Annual vaccination report of Bihar and Orissa - 1911-1928
Year: 1911
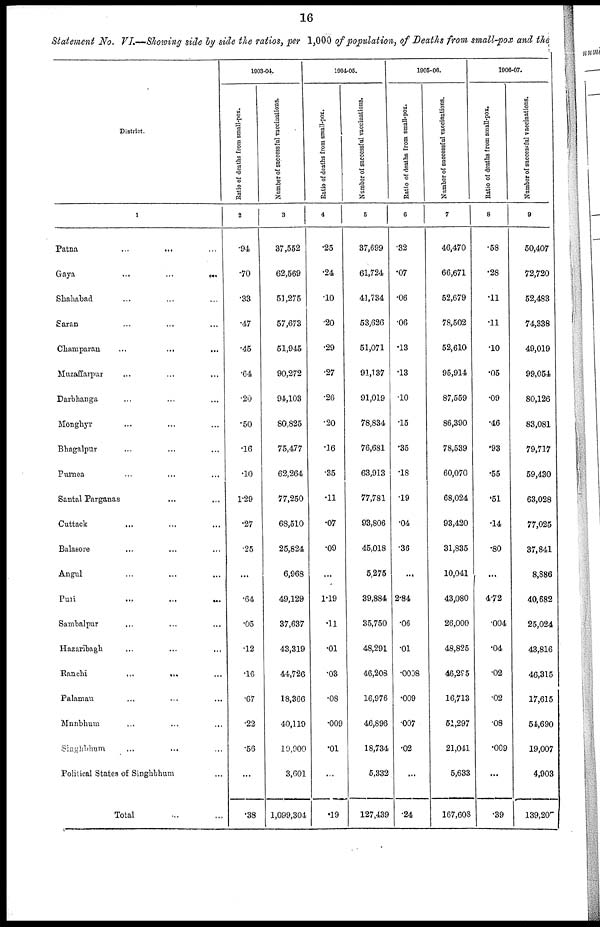
16
Statement No. VI.—Showing side by side the ratios, per 1,000 of population, of Deaths from small-pox and the
District.
1
Patna ... ... ...
Gaya
...
...
...
Shahabad ... ... ...
Saran ... ... ...
Champaran
...
...
...
Muzaffarpur ... ... ...
Darbhanga ... ... ...
Monghyr ... ... ...
Bhagalpur ... ... ...
Purnea ... ... ...
Santal Parganas ... ...
Cuttack ... ... ...
Balasore ... ... ...
Angul ... ... ...
Puri
....
...
...
Sambalpur ... ... ...
Hazaribagh ... ... ...
Ranchi
...
... ...
Palaman ... ... ...
Mnnbhum ... ... ...
Singhbhum ... ... ...
Political States of Singhbhum
Total ... ...
1903-04.
Ratio of deaths from small-pox.
2
.94
.70
.33
.47
.45
.64
.20
.50
.16
.10
1.29
.27
.25
...
.64
.05
.12
.16
.67
.22
.56
...
.38
Number of successful vaccinations.
3
37,552
62,569
51,275
57,673
51,945
90,272
94,103
80,825
75,477
62,264
77,250
68,510
25,824
6,968
49,129
37,637
43,319
44,726
18,366
40,119
10,900
3,601
1,099,304
1004-05.
Ratio of deaths from small-pox.
4
.25
.24
.10
.20
.29
.27
.26
.20
.16
.35
.11
.07
.09
...
1.19
.11
.01
.03
.08
.009
.01
...
.19
Number of successful vaccinations.
5
37,699
61,724
41,734
53,626
51,071
91,137
91,019
78,834
76,681
63,913
77,781
93,806
45,018
5,275
39,884
35,750
48,291
46,208
16,976
46,896
18,734
5,332
127,439
1905-06.
Ratio of deaths from small-pox.
6
.32
.07
.06
.06
.13
.13
.10
.15
.35
.18
.19
.04
.36
...
2.84
.06
.01
.0008
.009
.007
.02
...
.24
Number of successful vaccinations.
7
46,470
66,671
52,679
78,502
52,610
95,914
87,559
86,390
78,539
60,070
68,024
93,420
31,835
10,041
43,080
26,000
48,825
46,295
16,713
51,297
21,041
5,633
167,608
1906-07.
Ratio of deaths from small-pox.
8
.58
.28
.11
.11
.10
.05
.09
.46
.93
.55
.51
.14
.80
...
4.72
.004
.04
.02
.02
.08
.009
...
.39
Number of successful vaccinations.
9
50,407
72,720
52,483
74,338
49,019
99,054
80,126
83,081
79,717
59,430
63,028
77,025
37,841
8,886
40,682
25,024
43,816
46,315
17,615
54,690
19,007
4,903
139,205